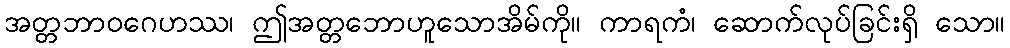
အတ္တဘာဝဂေဟဿ၊ ဤအတ္တဘောဟူသောအိမ်ကို။ ကာရကံ၊ ဆောက်လုပ်ခြင်းရှိ သော။